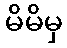
မိမိမှ